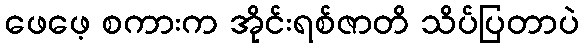
ဖေဖေ့ စကားက အိုင်းရစ်ဇာတိ သိပ်ပြတာပဲ